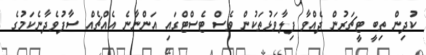
ކުދިން ތިބީ ޓީޗަރުން ދެއްވާ ފިލާވަޅުތަކުން ވެސް ޓެސްޓްގައި އަންނާނެ އެއްޗެއް ސާފުވެދާނެކަމުގެ